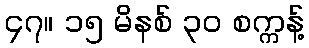
၄၇။ ၁၅ မိနစ် ၃၀ စက္ကန့်